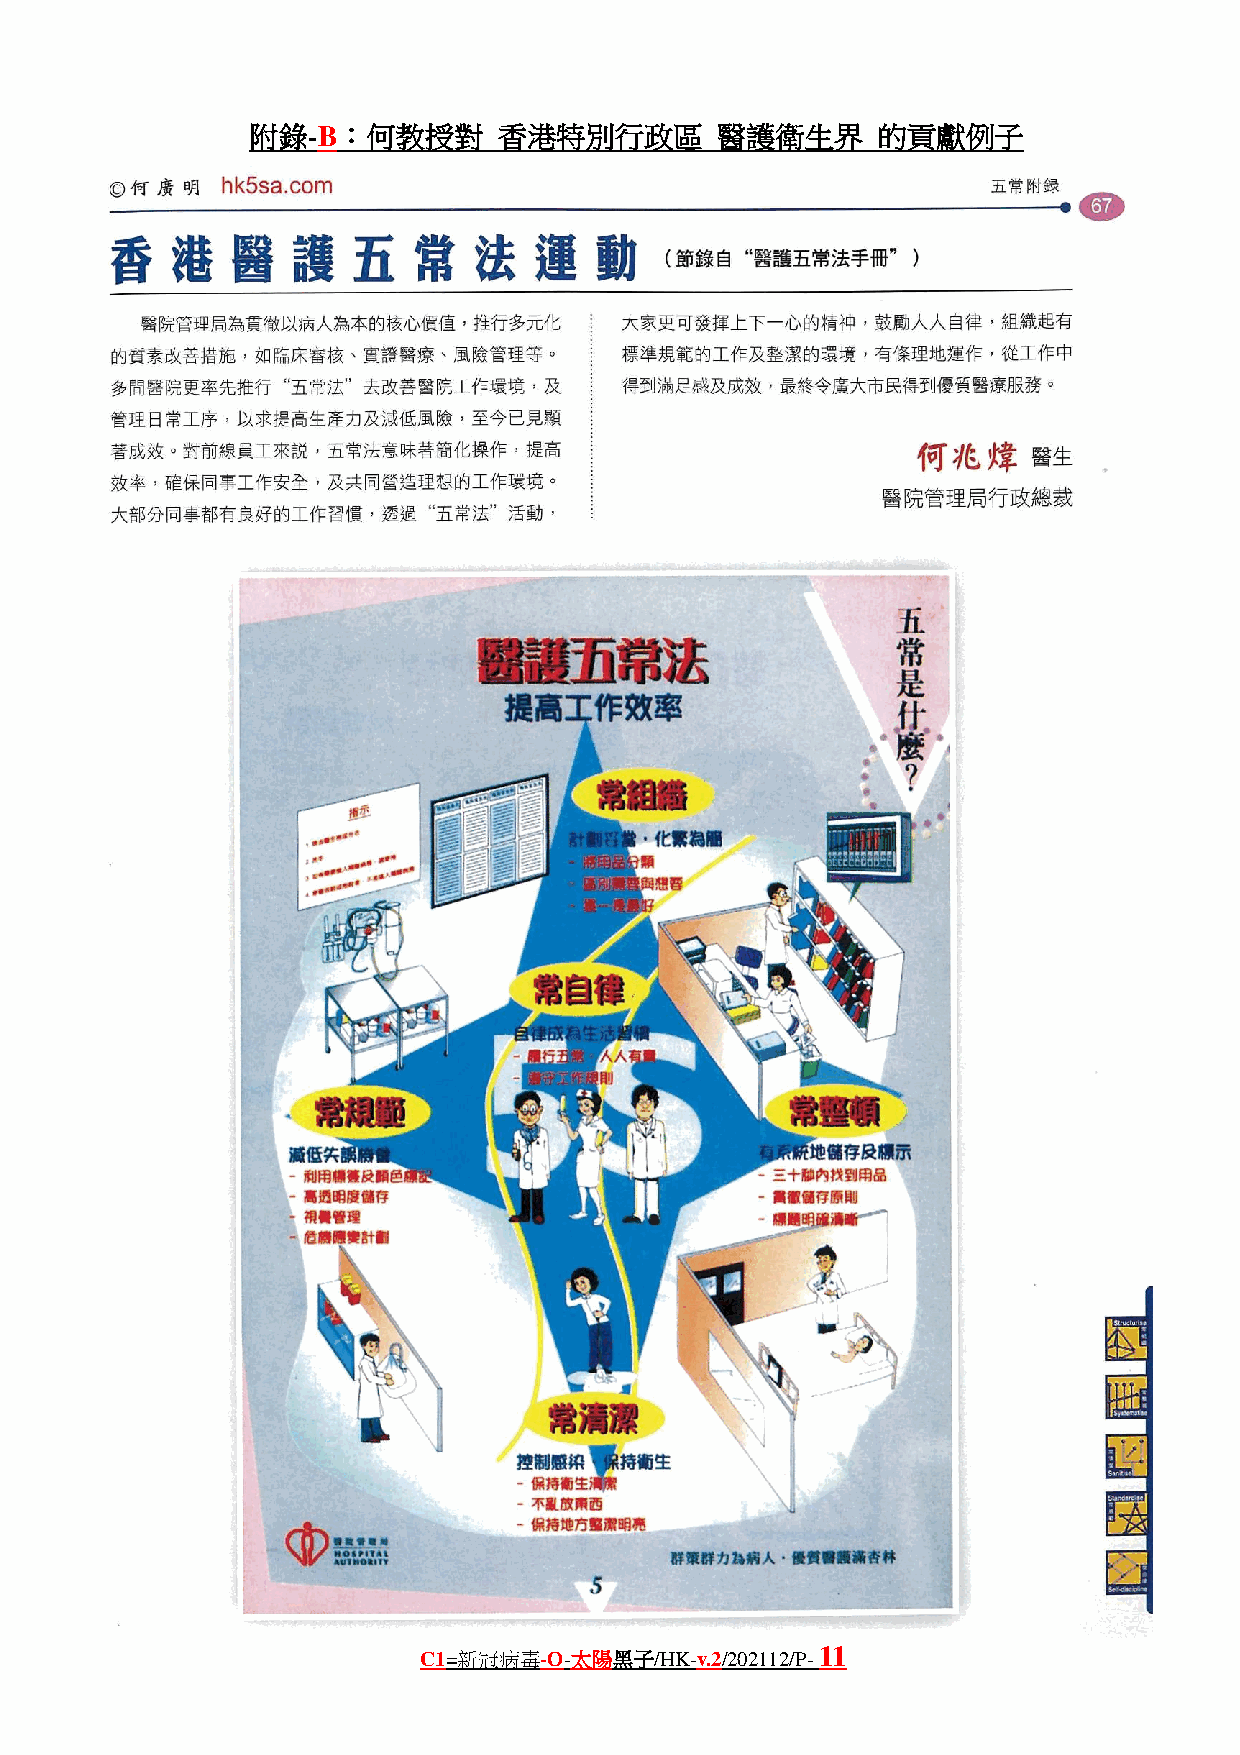
附錄-B：何教授對       香港特別行政區       醫護衛生界      的貢獻例子
 11
 C1=新冠病毒-O-太陽黑子/HK-v.2/202112/P-